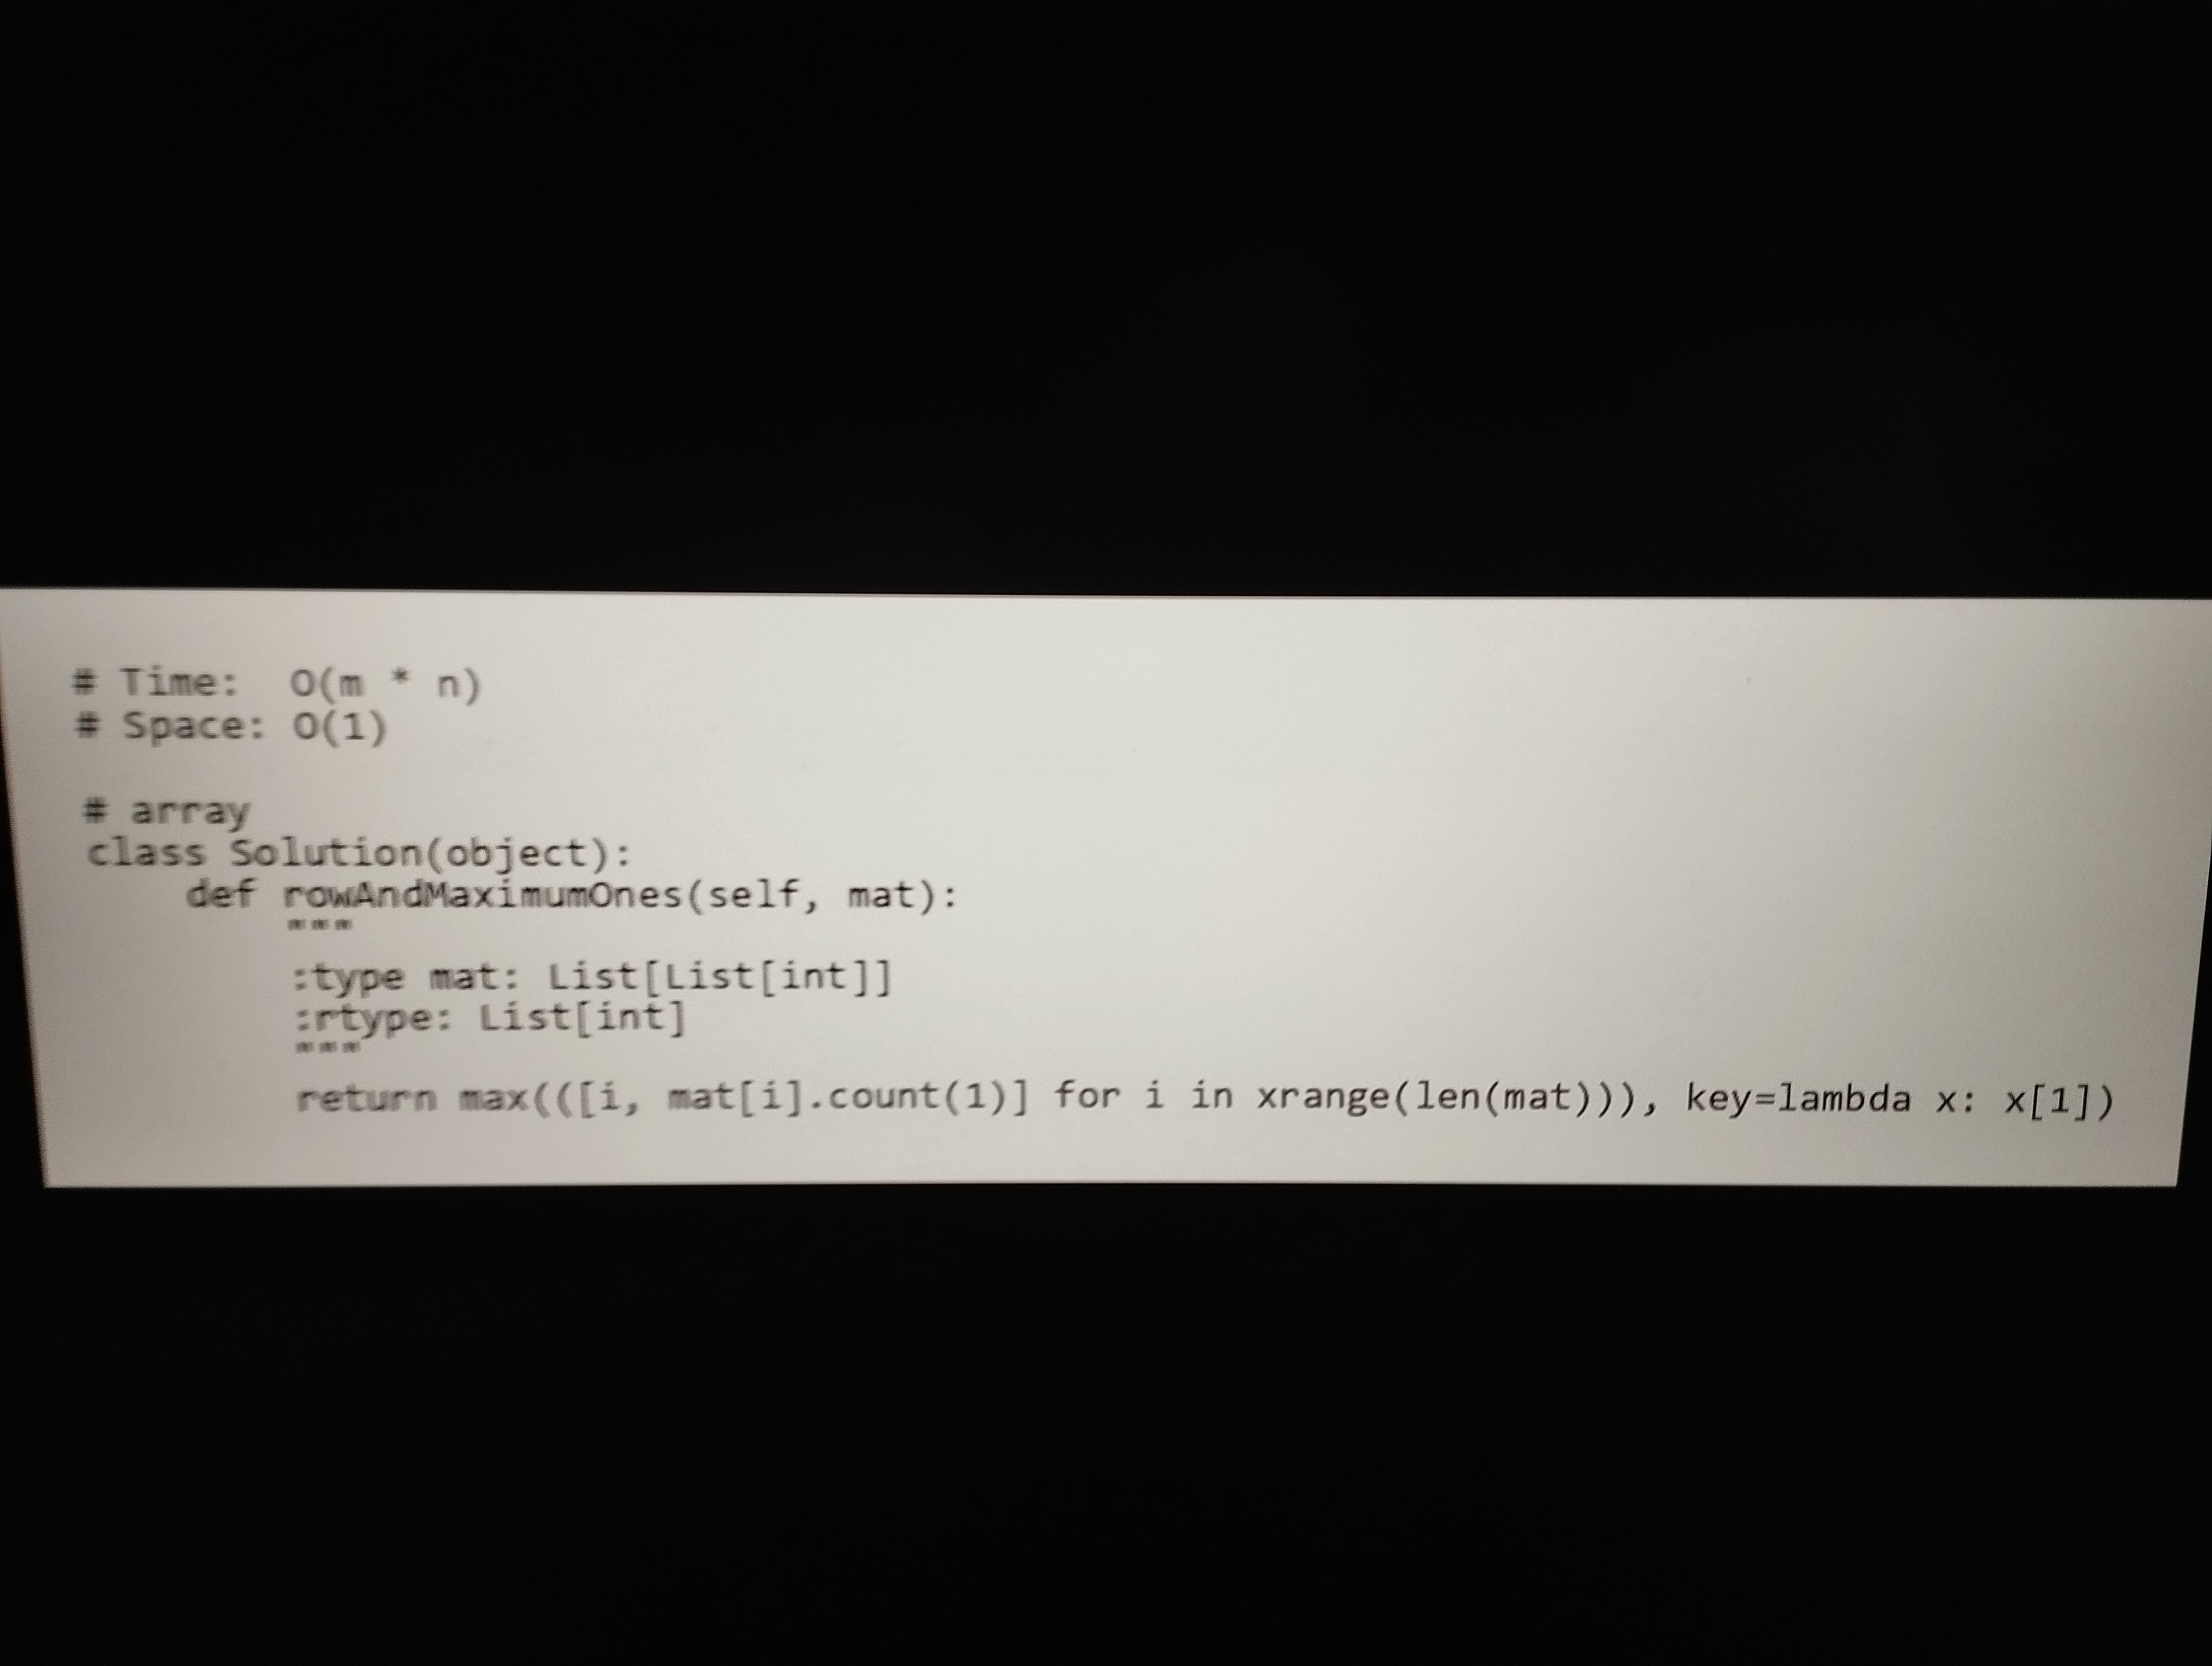
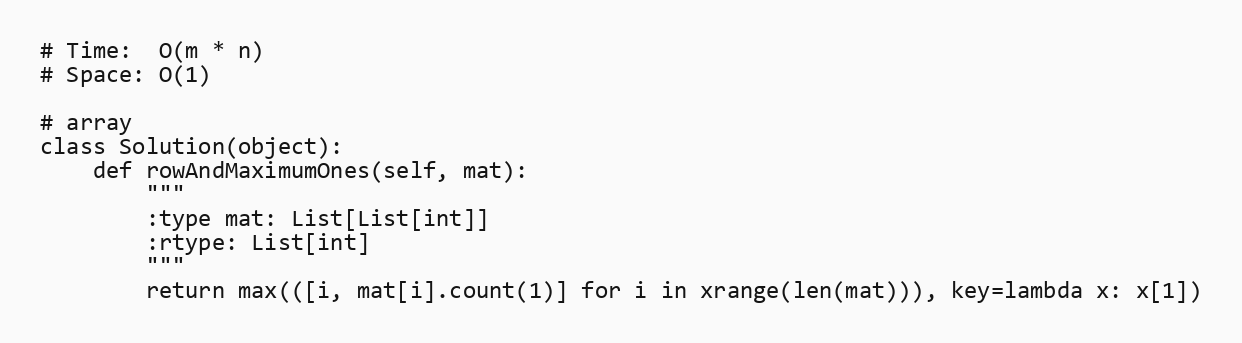
# Time:  O(m * n)
# Space: O(1)

# array
class Solution(object):
    def rowAndMaximumOnes(self, mat):
        """
        :type mat: List[List[int]]
        :rtype: List[int]
        """
        return max(([i, mat[i].count(1)] for i in xrange(len(mat))), key=lambda x: x[1])